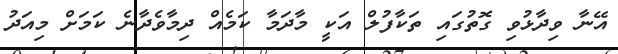
އޭނާ ވިދާޅުވި ގޮތުގައި ތަކާފުލް އަކީ މާދަމާ ކަމެއް ދިމާވެދާނެ ކަމަށް މިއަދު